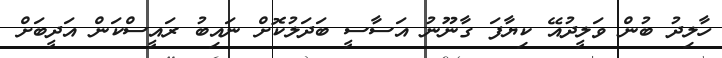
ހާލިދު ބުން ވަލީދުއޭ ކިޔާފަ ގާނޫނު އަސާސީ ބަދަލުކޮށް ނައިބު ރައީސްކަން އަދީބަށް